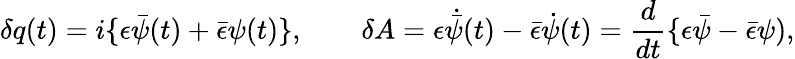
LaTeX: \delta q(t)=i\{ \epsilon\bar{\psi}(t)+\bar{\epsilon}\psi(t)\} ,\qquad\delta A=\epsilon\dot{\bar{\psi}}(t)-\bar{\epsilon}\dot{\psi}(t)={\frac{d}{dt}}\{ \epsilon\bar{\psi}-\bar{\epsilon}\psi),